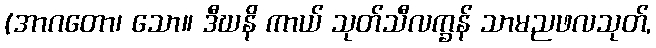
(အာဂတော၊ သော။ ဒီဃနိ ကာယ် သုတ်သီလက္ခန် သာမညဖလသုတ်,